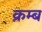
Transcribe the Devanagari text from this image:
क्रम्ब